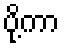
ပို့ကာ